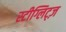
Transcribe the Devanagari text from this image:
स्टीग्लिट्ज़